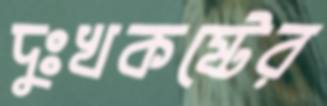
দুঃখকষ্টের